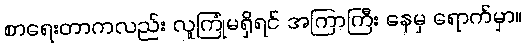
စာရေးတာကလည်း လူကြုံမရှိရင် အကြာကြီး နေမှ ရောက်မှာ။